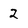
Character: 2